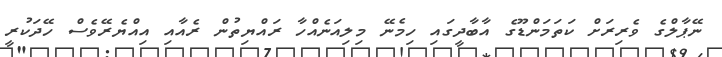
ނޭޕާލްގެ ވެރިރަށް ކަތަމަންޑޫގެ އާބާދީގައި ހިމެނޭ މިލިއަނެއްހާ ރައްޔިތުން ރެއާއި އިއްޔެރޭވެސް ހޭދަކުރީ